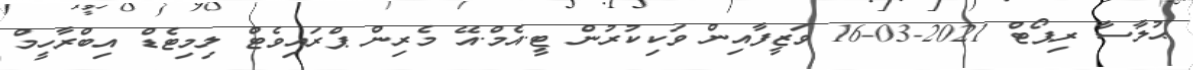
ޙުލާސާ ރިޕޯޓް 2021-03-16 ވަޒީފާއިން ވަކިކުރުން ޓީ.އެމް.އޭ މެރިން ޕްރައިވެޓް ލިމިޓެޑް އިބްރާހީމް